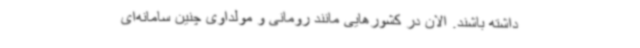
داشته باشند. الان در کشورهایی مانند رومانی و مولداوی چنین سامانه‌ای